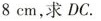
8 $$cm，求DC。